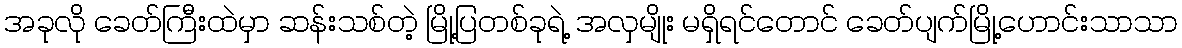
အခုလို ခေတ်ကြီးထဲမှာ ဆန်းသစ်တဲ့ မြို့ပြတစ်ခုရဲ့ အလှမျိုး မရှိရင်တောင် ခေတ်ပျက်မြို့ဟောင်းသာသာ